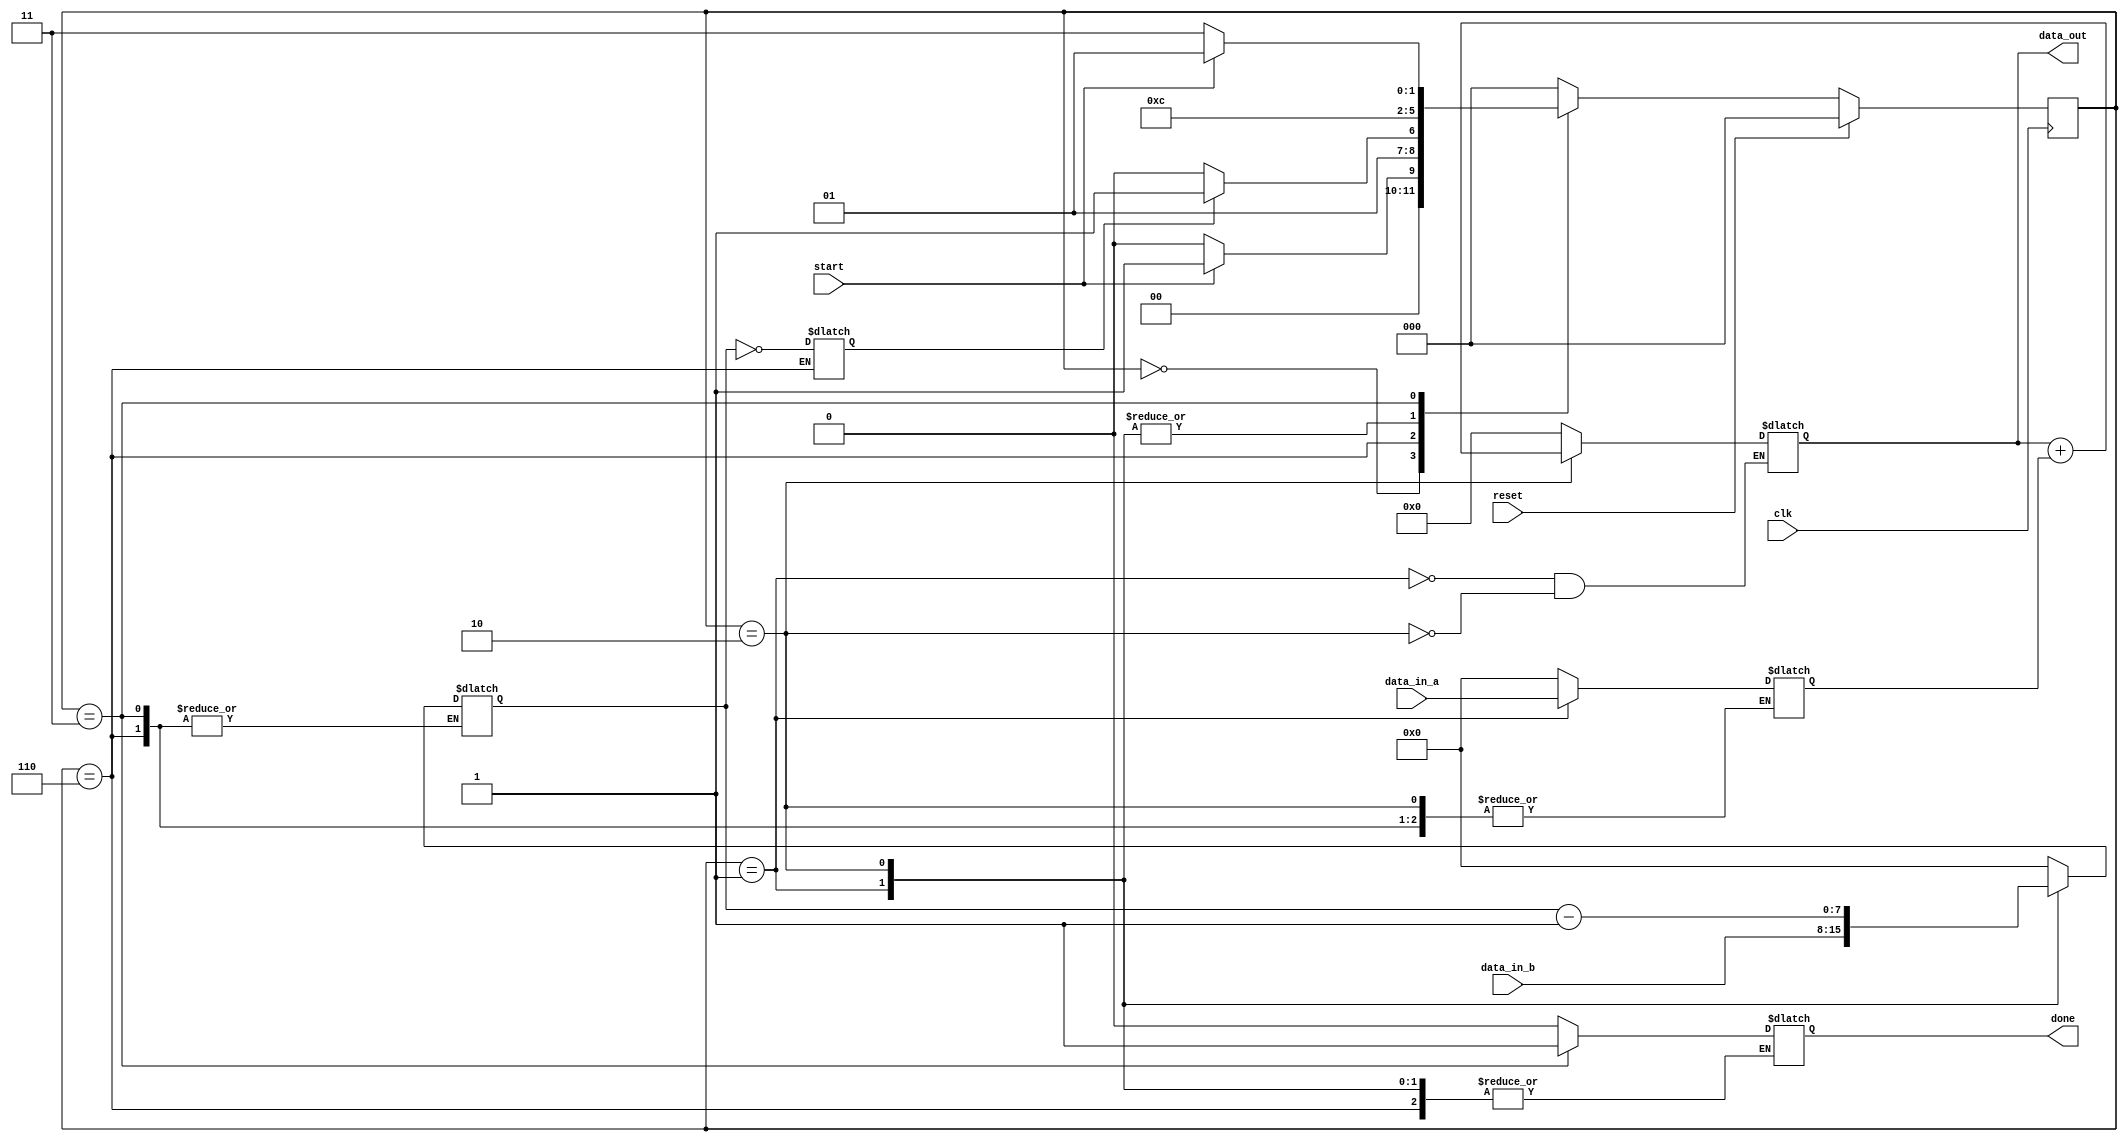
module shift_and_add_mul #(
    parameter N = 8
) (
    input[N-1:0] data_in_a, data_in_b,
    input start, reset, clk,
    output[2*N-1:0] data_out, output reg done
);

    // Define state constants 
    localparam [2:0] IDLE = 'b000,
                 LOAD = 'b001,
                 COMPUTE = 'b010,
                 COMPARE = 'b110,
                 DONE = 'b011;

    // State and data registers
    reg[2:0] present_state = IDLE, next_state = IDLE;
    reg[N-1:0] reg_a, reg_b; 
    reg[2*N-1:0] reg_p;
    assign data_out = reg_p;

    reg eqz;

    // Present state register logic
    always @(posedge clk) begin: L_PRESENT_STATE_REGISTER
        if(reset) begin
            present_state <= IDLE;
        end else begin
            present_state <= next_state;
        end
    end

    // Next state logic
    always@(*) begin:L_NEXT_STATE_LOGIC
        casex(present_state)
            IDLE: next_state = start?LOAD:IDLE;
            // Load A and B from data_in
            LOAD: next_state = COMPARE;
            // Compare and see if equal to zeor
            COMPARE: next_state = eqz?DONE:COMPUTE;
            // Perform computations and update P, A, B
            COMPUTE: next_state = COMPARE;
            DONE: next_state = start?LOAD:DONE; 
            default: next_state = IDLE;
        endcase
    end

    // Data path combinational logic
    always@(*) begin: L_DATA_PATH_LOGIC
        casex(present_state)
            LOAD: begin
                reg_a = data_in_a;
                reg_b = data_in_b;
                reg_p = 'b0;
            end
            COMPUTE: begin
                reg_p = reg_p + reg_a;
                reg_b = reg_b - 'b1;
            end
            COMPARE: begin
                eqz = (reg_b == 0);
            end
            DONE: begin
                done = 'b1;
            end
            default: begin
                reg_a = 'b0; reg_b = 'b0;
                done = 'b0;
            end
        endcase
    end

endmodule